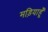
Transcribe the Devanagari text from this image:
मड़ियाहूँ